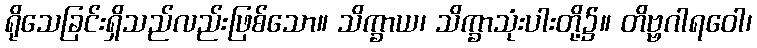
ရိုသေခြင်းရှိသည်လည်းဖြစ်သော။ သိက္ခာယ၊ သိက္ခာသုံးပါးတို့၌။ တိဗ္ဗဂါရဝေါ၊